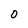
Character: O